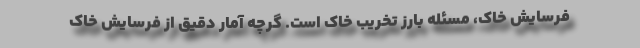
فرسایش خاک، مسئله بارز تخریب خاک است. گرچه آمار دقیق از فرسایش خاک